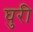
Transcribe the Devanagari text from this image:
घुरी